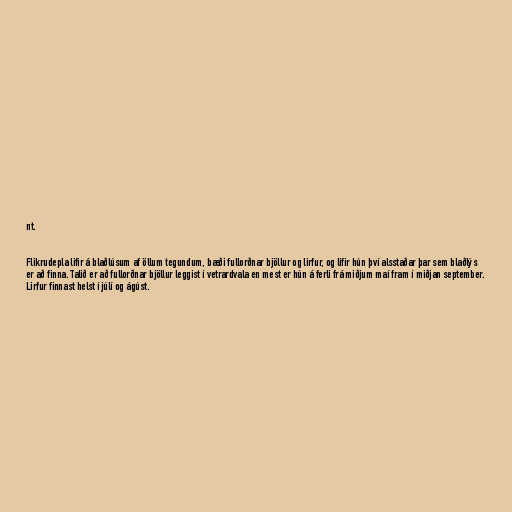
nt.

Flikrudepla lifir á blaðlúsum af öllum tegundum, bæði fullorðnar bjöllur og lirfur, og lifir hún því alsstaðar þar sem blaðlýs
er að finna. Talið er að fullorðnar bjöllur leggist í vetrardvala en mest er hún á ferli frá miðjum maí fram í miðjan september.
Lirfur finnast helst í júlí og ágúst.